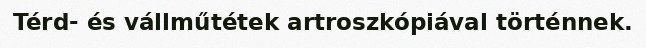
Térd- és vállműtétek artroszkópiával történnek.